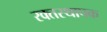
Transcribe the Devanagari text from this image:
रक्तस्थापक